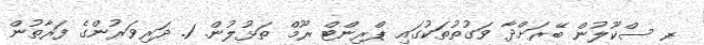
ރ- ސްކޫލުން ބޭރަށްދާ ވަގުތުތަކުގައި ޕްރިންޓް ރޫމް ތަޅުލުން. 1. ދަރިވަރުންގެ ފަރާތުން